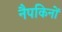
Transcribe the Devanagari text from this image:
नैपकिनों